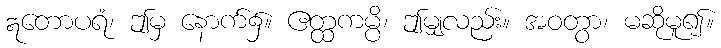
ဣတောပရံ၊ ဤမှ နောက်၌။ ဧတ္ထကမ္ပိ၊ ဤမျှလည်း။ အဝတွာ၊ မဆိုမူ၍။